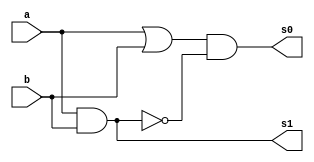
// ---------------------
// Guia 03_01 - Meia Soma AND
// Nome: Anderson Belchior de Carvalho
// ---------------------

// ---------------------
// -- meia soma
// ---------------------

module meiasoma (s0, s1, a, b);
 output s0, s1;
 input  a, b;
 wire s2,s3;
 
 or orgate1(s2, a, b);
 nand nandgate1 (s3, a, b);       // DEVERIA TER USADO UMA not
 and andgate1( s1, a, b);
 and andgate2 (s0, s2, s3);


endmodule // meia soma

// --------------------------
// -- test meia soma and
// --------------------------

module testmeiasoma;
 reg   a, b;             
 wire  s0, s1;
          // instancia
 meiasoma MEIASOMA1 (s0, s1, a, b);

 initial begin:start
      a=0; b=0;
 end

          // parte principal
 initial begin:main
      $display("Guia 03_01 - Anderson Belchior de Carvalho - 396673");
      $display("Test Meia Soma gate");
      $display("\n a & b = s0 s1\n");
      $monitor(" %b & %b = %b %b", a, b, s0, s1);
  #1  a=0; b=1; 
  #1  a=1; b=0; 
  #1  a=1; b=1; 
  
 end

endmodule // testmeiasoma